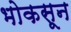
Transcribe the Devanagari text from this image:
भोकसून